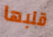
قلبها